Indian Medical Review
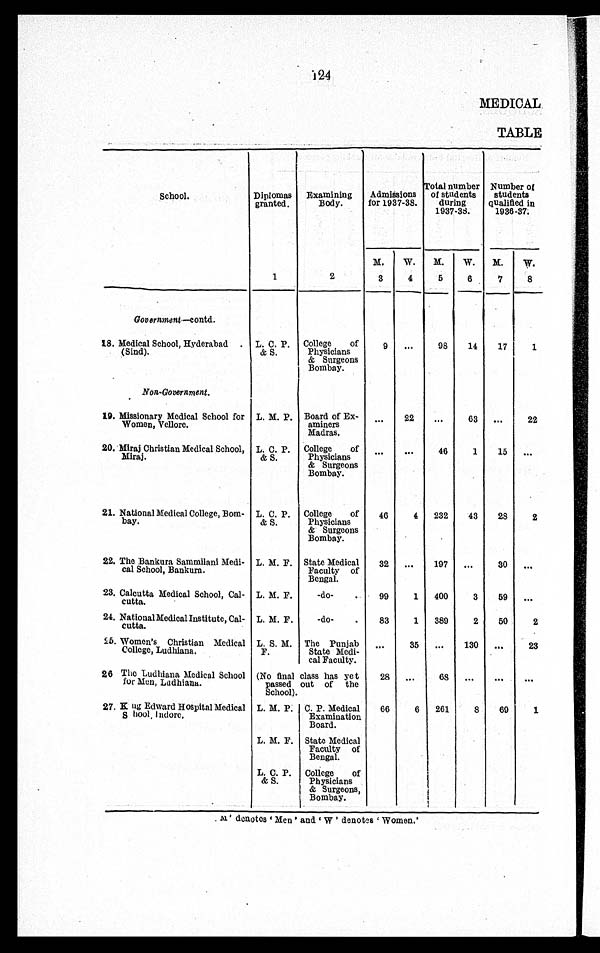
124
MEDICAL
TABLE
School.
Diplomas
granted.
Examining
Body.
Admissions
for 1937-38.
Total number
of students
during
1937-38.
Number of
students
qualified in
1936-37.
M.
W. M.
W. M.
W.
1
2
3
4
5
6
7
8
Government—contd.
18. Medical School, Hyderabad
(Sind).
L. C. P.
& S.
College of
Physicians
& Surgeons
Bombay.
9 ...
98
14
17
1
Non-Government.
19. Missionary Medical School for
Women, Vellore.
L. M. P. Board of Ex-
aminers
Madras.
...
22
...
63 ...
22
20. Miraj Christian Medical School,
Miraj.
L. C. P.
& S.
College of
Physicians
& Surgeons
Bombay.
...
...
46
1
15 ...
21. National Medical College, Bom-
bay.
L. C. P.
& S.
College of
Physicians
& Surgeons
Bombay.
46
4 232
43
28
2
22. The Bankura Sammilani Medi-
cal School, Bankura.
L. M. F. State Medical
Faculty of
Bengal.
32 ...
197 ...
30 ...
23. Calcutta Medical School, Cal-
cutta.
L. M. F.
-do-
99
1 400
3
59 ...
24. National Medical Institute, Cal-
cutta.
L. M. F.
-do-
83
1 389
2
50
2
25. Women's Christian Medical
College, Ludhiana.
L. S. M.
F.
The Punjab
State Medi-
cal Faculty.
...
35 ...
130 ...
23
26 The Ludhiana Medical School
for Men, Ludhiana.
(No final class has yet
passed out of the
School).
28 ... 68 ... ...
...
27. King Edward Hospital Medical
School, Indore.
L. M. P. C. P. Medical
Examination
Board.
66
6 261
8
69
1
L. M. F. State Medical
Faculty of
Bengal.
L. C. P.
& S.
College of
Physicians
& Surgeons,
Bombay.
'M' denotes 'Men' and 'W' denotes 'Women.'